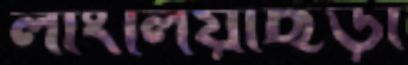
লাংলিয়াছড়া